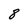
Character: 8